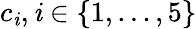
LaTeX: c_{\mathit{i}},\mathit{i}\in\{ 1,...,5\}